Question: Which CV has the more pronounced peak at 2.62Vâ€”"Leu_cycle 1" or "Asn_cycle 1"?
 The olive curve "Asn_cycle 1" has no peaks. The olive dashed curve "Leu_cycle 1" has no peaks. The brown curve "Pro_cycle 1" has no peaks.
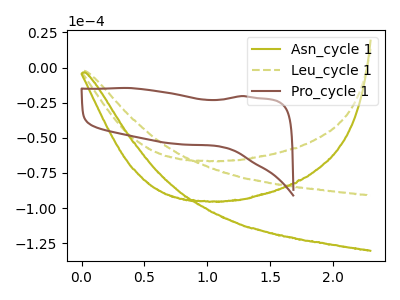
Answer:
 <answer>"Leu_cycle 1" and "Asn_cycle 1" dont share a peak at 2.62V.</answer>
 <eval>mismatch</eval>